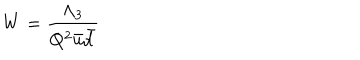
LaTeX: W = \frac { \Lambda _ { 3 } } { Q ^ { 2 } \bar { u } \bar { d } }